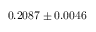
0 . 2 0 8 7 \pm 0 . 0 0 4 6